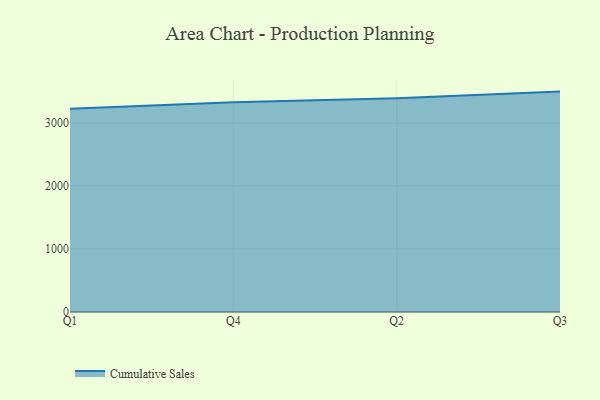
{"axis": {"x": "Quarter", "y": "Conversion Rate (%)"}, "legend": ["Cumulative Sales"], "data": [{"x": "Q1", "y": 3224.4, "type": "Cumulative Sales"}, {"x": "Q4", "y": 3327.9, "type": "Cumulative Sales"}, {"x": "Q2", "y": 3390.5, "type": "Cumulative Sales"}, {"x": "Q3", "y": 3497.0, "type": "Cumulative Sales"}]}